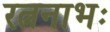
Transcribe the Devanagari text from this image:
रत्ननाभः